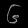
Digit: ၆